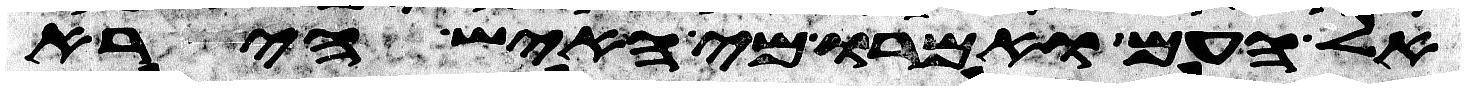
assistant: אל העם ואמרו מי האיש הירא